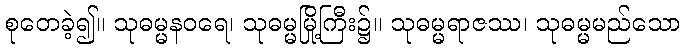
စုတေခဲ့၍။ သုဓမ္မနဝရေ၊ သုဓမ္မမြို့ကြီး၌။ သုဓမ္မရာဇဿ၊ သုဓမ္မမည်သော